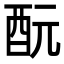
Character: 酛